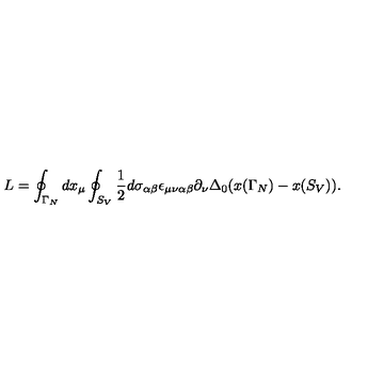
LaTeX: L = \oint _ { \Gamma _ { N } } d x _ { \mu } \oint _ { S _ { V } } \frac { 1 } { 2 } d \sigma _ { \alpha \beta } \epsilon _ { \mu \nu \alpha \beta } \partial _ { \nu } \Delta _ { 0 } ( x ( \Gamma _ { N } ) - x ( S _ { V } ) ) .